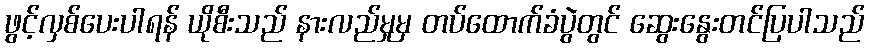
ဖွင့်လှစ်ပေးပါရန် ယိုစီးသည် နားလည်မှုမှ တပ်ထောက်ခံပွဲတွင် ဆွေးနွေးတင်ပြပါသည်